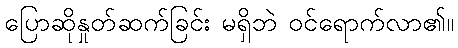
ပြောဆိုနှုတ်ဆက်ခြင်း မရှိဘဲ ဝင်ရောက်လာ၏။